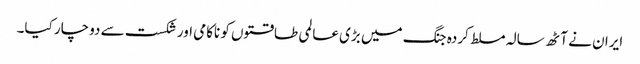
ایران نے آٹھ سالہ مسلط کردہ جنگ میں بڑی عالمی طاقتوں کو ناکامی اور شکست سے دوچار کیا۔